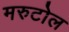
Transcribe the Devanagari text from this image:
मरुटोल